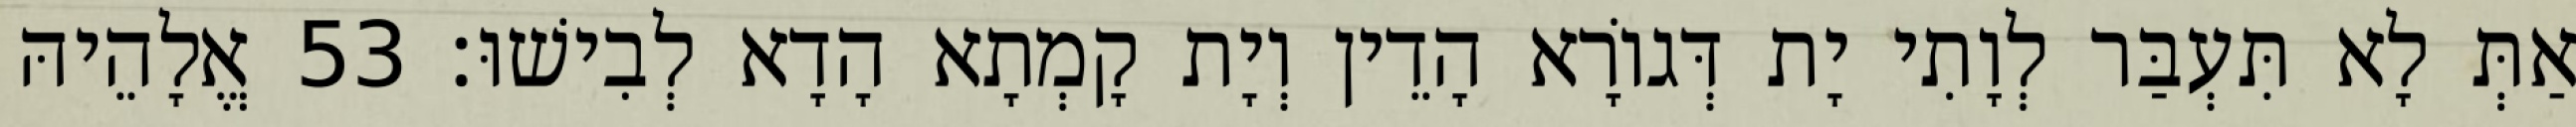
אַתְּ לָא תִּעְבַּר לְוָתִי יָת דְּגוֹרָא הָדֵין וְיָת קָמְתָא הָדָא לְבִישׁוּ׃ 53 אֱלָהֵיהּ